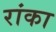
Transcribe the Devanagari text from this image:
रांका